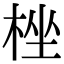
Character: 㭫